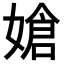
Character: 𪦔